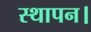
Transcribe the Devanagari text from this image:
स्थापन।